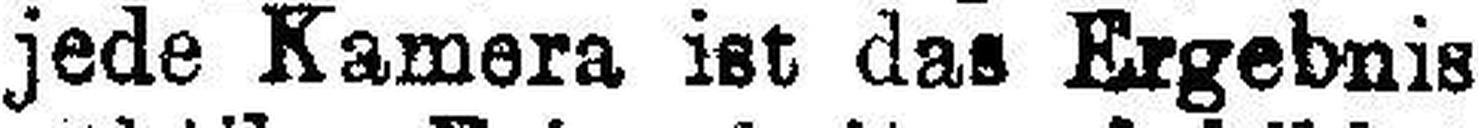
jede Kamera ist das Ergebnis